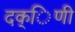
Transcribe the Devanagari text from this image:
दक्िणी